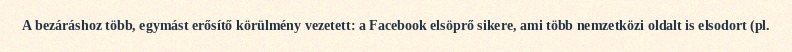
A bezáráshoz több, egymást erősítő körülmény vezetett: a Facebook elsöprő sikere, ami több nemzetközi oldalt is elsodort (pl.